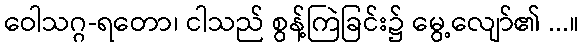
ဝေါသဂ္ဂ-ရတော၊ ငါသည် စွန့်ကြဲခြင်း၌ မွေ့လျော်၏ ...။